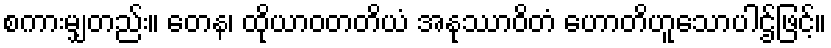
စကားမျှတည်း။ တေန၊ ထိုယာဝတတိယံ အနုဿာဝိတံ ဟောတိဟူသောပါဌ်ဖြင့်။